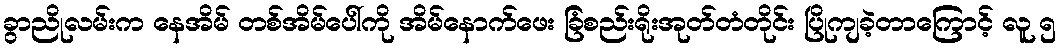
ခွာညိုလမ်းက နေအိမ် တစ်အိမ်ပေါ်ကို အိမ်နောက်ဖေး ခြံစည်းရိုးအုတ်တံတိုင်း ပြိုကျခဲ့တာကြောင့် လူ ၅